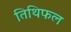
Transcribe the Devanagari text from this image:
तिथिफल